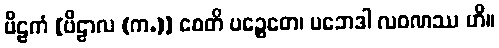
ဗိဠကံ [ဗိဠာလ (က.)] စေတိ ပဉ္စေတေ၊ ပဘေဒါ လဝဏဿ ဟိ။